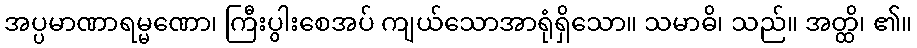
အပ္ပမာဏာရမ္မဏော၊ ကြီးပွါးစေအပ် ကျယ်သောအာရုံရှိသော။ သမာဓိ၊ သည်။ အတ္ထိ၊ ၏။